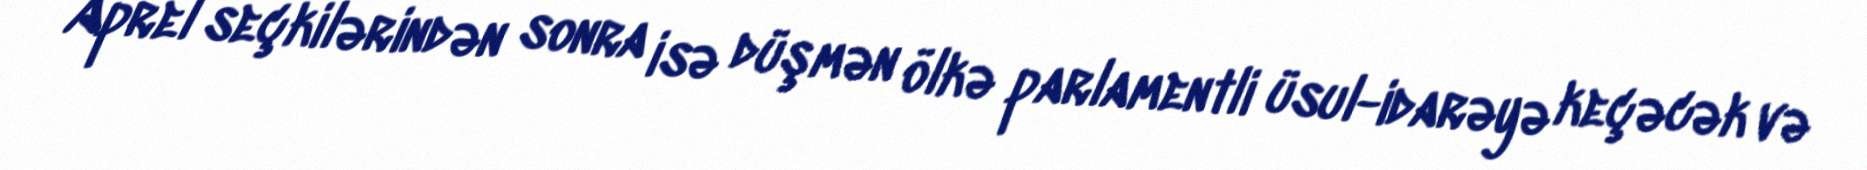
Aprel seçkilərindən sonra isə düşmən ölkə parlamentli üsul-idarəyə keçəcək və